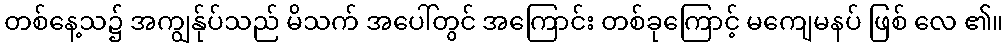
တစ်နေ့သ၌ အကျွန်ုပ်သည် မိသက် အပေါ်တွင် အကြောင်း တစ်ခုကြောင့် မကျေမနပ် ဖြစ် လေ ၏။